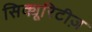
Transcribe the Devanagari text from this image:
सिक्यूरिटीज़